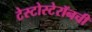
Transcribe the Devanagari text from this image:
टेस्टोस्टेरॉनची